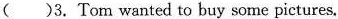
( )3. Tom wanted to buy some pictures.